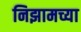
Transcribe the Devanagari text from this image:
निझामच्या